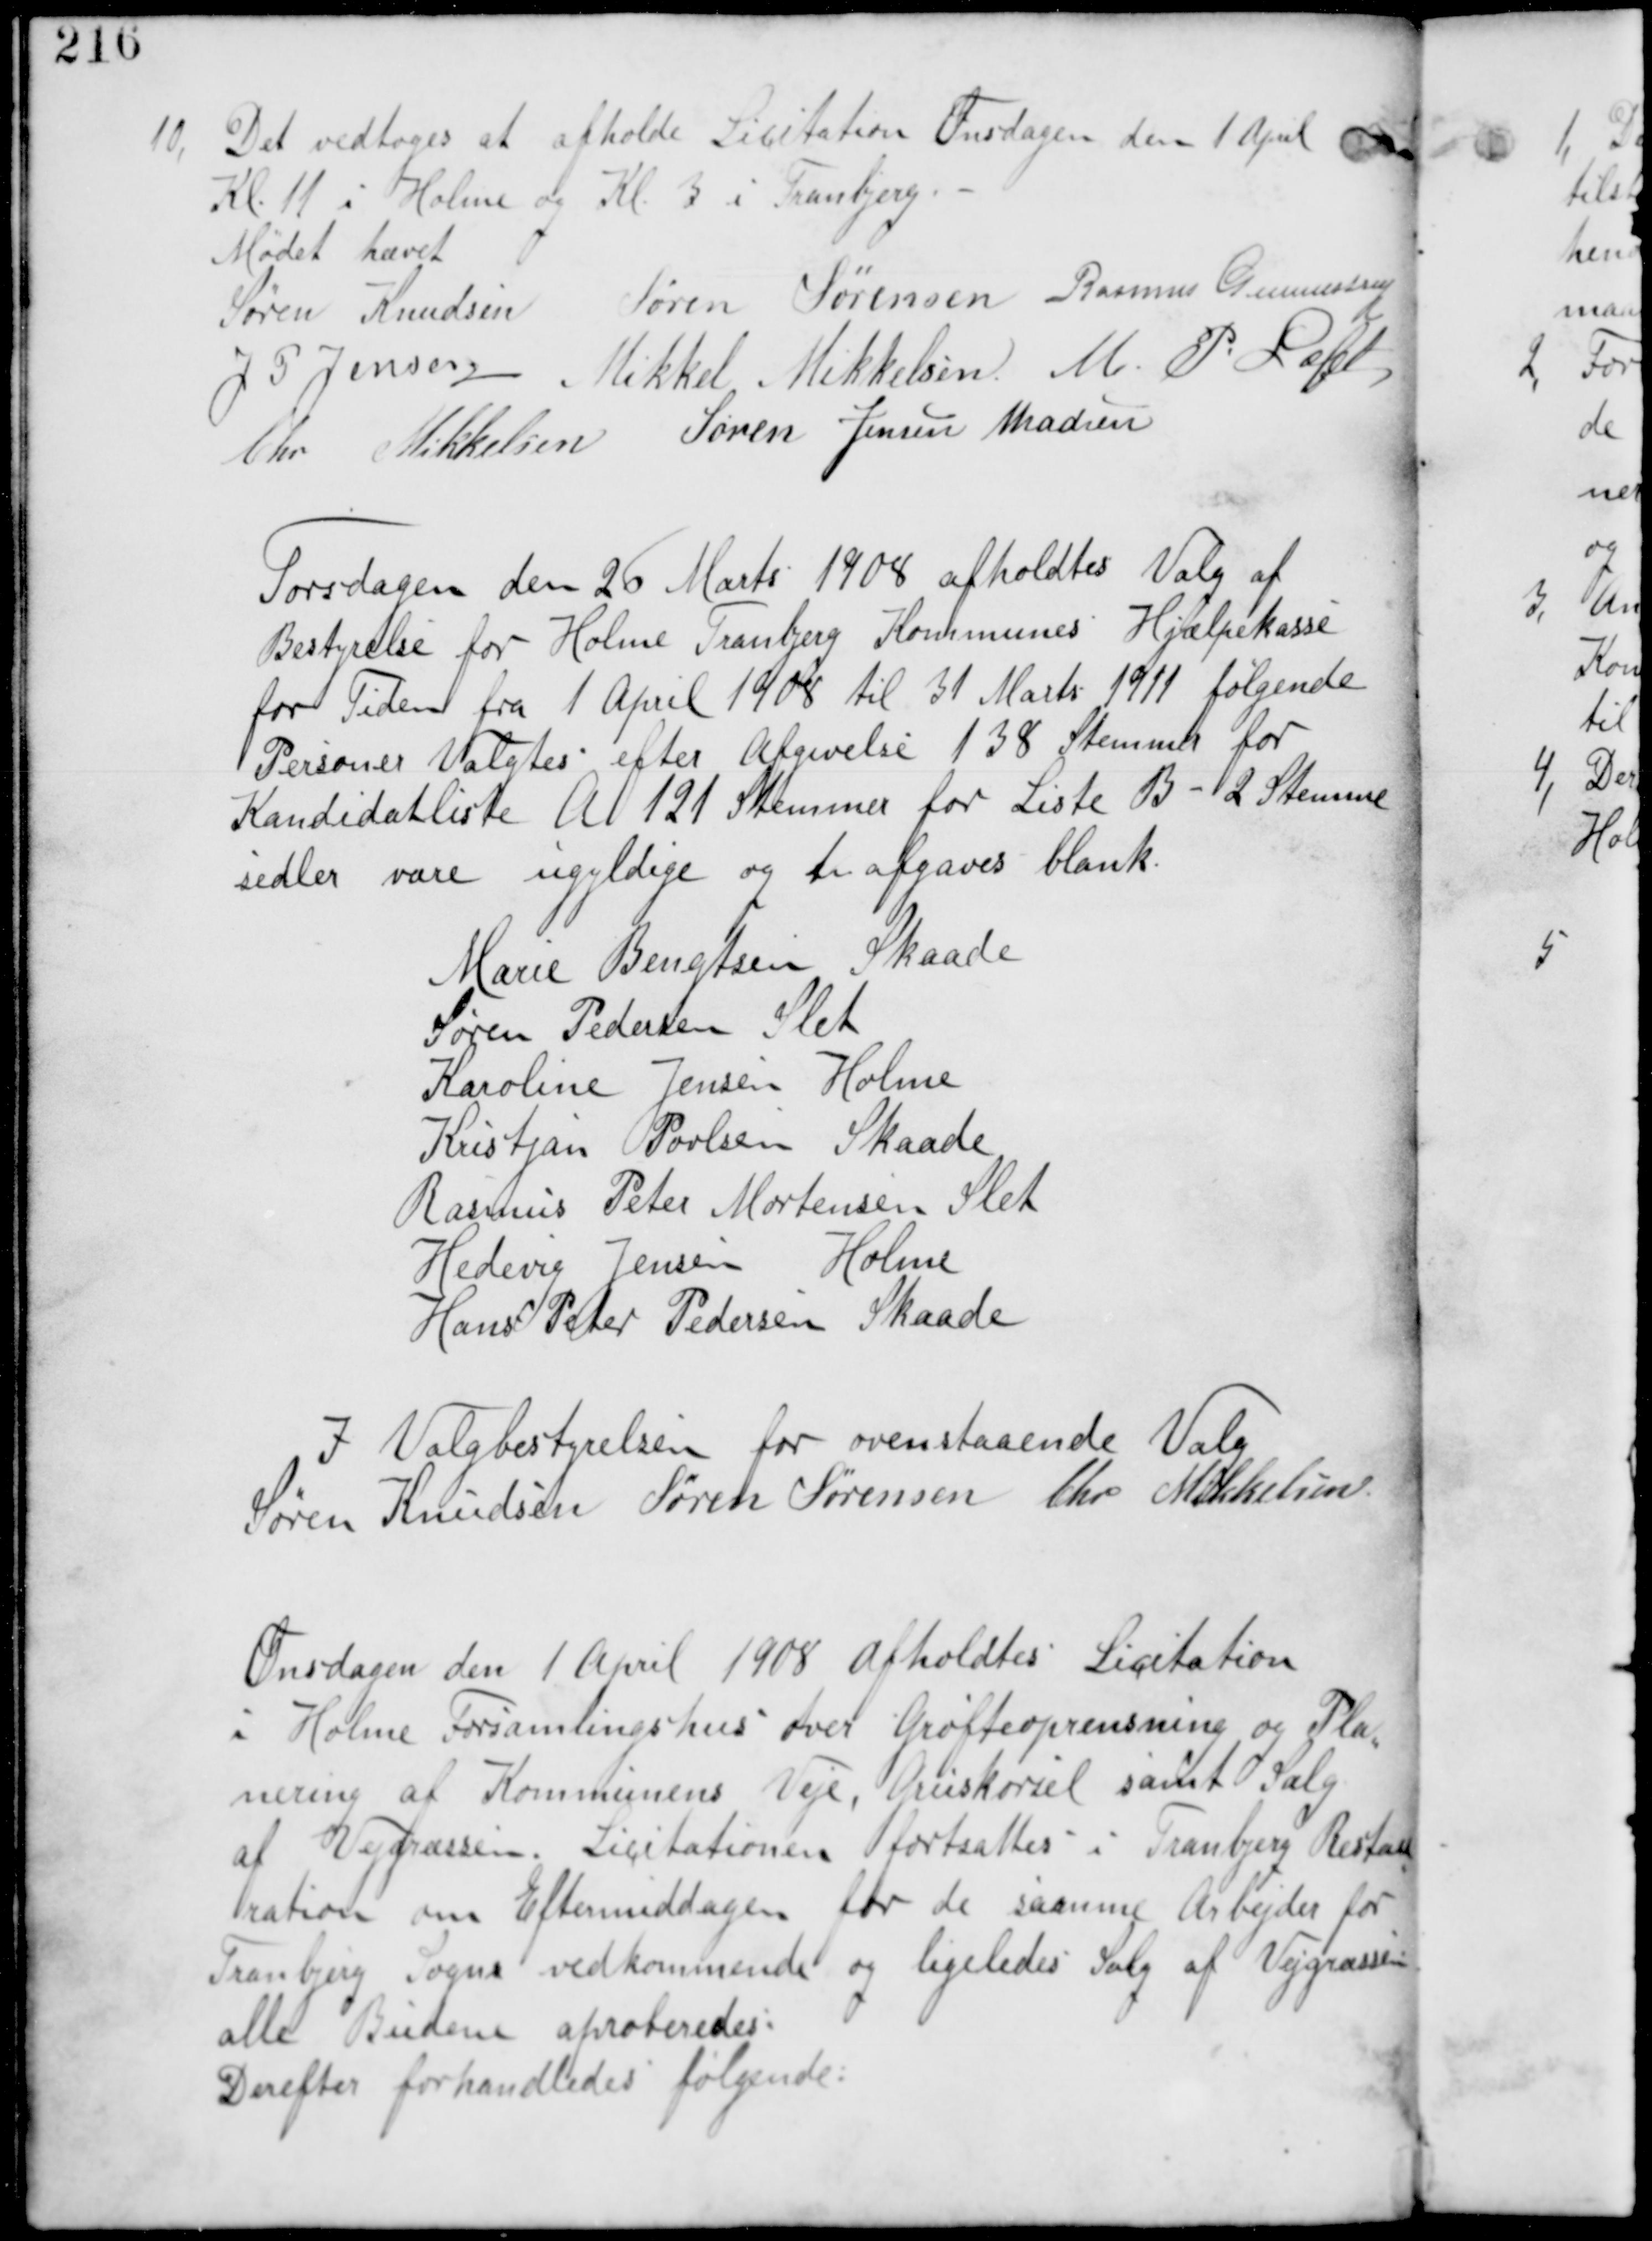
Transskription:
10, Det vedtages at afholde Licitation Onsdagen den 1. April
Kl. 11 i Holme og Kl 3 i Tranbjerg.-

Mødet hævet
Søren Knudsen Søren Sørensen Rasmus Gunnestrup
J P Jensen Mikkel Mikkelsen M. P. Loft
Chr Mikkelsen Søren Jensen Madsen

Fredagen den 26 Marts 1908 afholdtes Valg af
Bestyrelse for Holme Tranbjerg Kommunes Hjælpekasse
for Tiden fra 1 April 1908 til 31 Marts 1911 følgende
Personer Valgtes efter Afgivelse 138 Stemmer for
Kandidatliste A 121 Stemmer for Liste B - 2 Stemme
sedler vare ugyldige og 1 afgaves blank.

Marie Bengtsen Skaade
Søren Pedersen Slet
Karoline Jensen Holme
Kristjan Povlsen Skaade
Rasmus Peter Mortensen Slet
Hedvig Jensen Holme
Hans Peter Pedersen Skaade

I Valgbestyrelsen for ovenstaaende Valg
Søren Knudsen Søren Sørensen Chr Mikkelsen

Onsdagen den 1. April 1908 Afholdes Licitation
i Holme Forsamlingshus over Grøfteoprensning og Pla
nering af Kommunens Veje, Gruskørsel samt Salg
af Vejfræssen. Licitationen fortsattes i Tranbjerg Restau
ration om Eftermiddagen for de samme Arbejder for
Tranbjerg Sogns vedkommende og ligeledes Salg af Vejgræssen
alle Budene aproberedes.
Derefter forhandledes følgende: